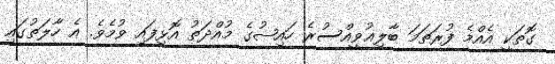
ގޮތަކީ އެއްމެ ފުރަތަމަ ބާލިޣުވީއްސުރެ ހައިޟުގެ މުއްދަތު އޮޅިފައި ވުމެވެ. އެ ހާލަތުގައި